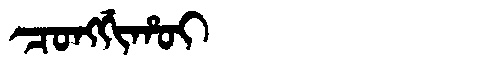
Manchu: ᠴᠣᠩᡤᡳᡥᠣᡳ
Romanization: CONGGIHOI